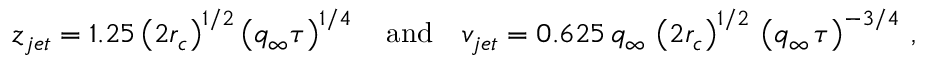
z _ { j e t } = 1 . 2 5 \left( 2 r _ { c } \right) ^ { 1 / 2 } \left( q _ { \infty } \tau \right) ^ { 1 / 4 } \quad \mathrm { a n d } \quad v _ { j e t } = 0 . 6 2 5 \, q _ { \infty } \, \left( 2 r _ { c } \right) ^ { 1 / 2 } \, \left( q _ { \infty } \, \tau \right) ^ { - 3 / 4 } \, ,